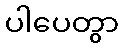
ပါပေတွာ